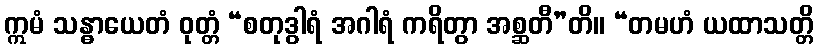
ဣမံ သန္ဓာယေတံ ဝုတ္တံ “စတုဒွါရံ အဂါရံ ကရိတွာ အစ္ဆတီ”တိ။ “တမဟံ ယထာသတ္တိ